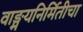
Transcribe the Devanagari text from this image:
वाङ्मयनिर्मितीचा